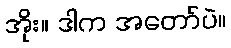
အိုး။ ဒါက အတော်ပဲ။